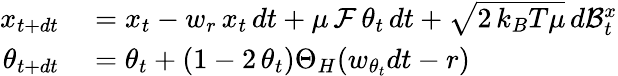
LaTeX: \begin{array}{rl}{x_{t+dt}}&{{}=x_{t}-w_{r}\, x_{t}\, dt+\mu\, {\cal F}\, \theta_{t}\, dt+\sqrt{2\, k_{B}T\mu}\, d\mathcal{B}_{t}^{x}}\\ {\theta_{t+dt}}&{{}=\theta_{t}+(1-2\, \theta_{t})\Theta_{H}(w_{\theta_{t}}dt-r)}\end{array}